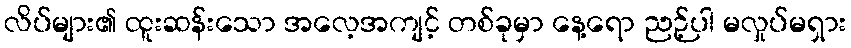
လိပ်များ၏ ထူးဆန်းသော အလေ့အကျင့် တစ်ခုမှာ နေ့ရော ညဉ့်ပါ မလှုပ်မရှား